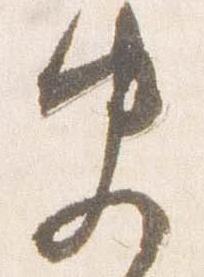
史